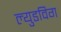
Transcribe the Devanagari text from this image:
ल्युडविग